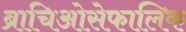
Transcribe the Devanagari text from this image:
ब्राचिओसेफालिक